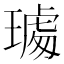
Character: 𤩁